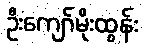
ဦးကျော်မိုးထွန်း